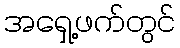
အရှေ့ဖက်တွင်